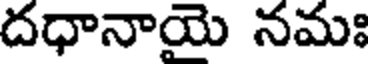
దధానాయె నమః